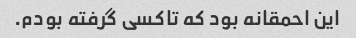
این احمقانه بود که تاکسی گرفته بودم.